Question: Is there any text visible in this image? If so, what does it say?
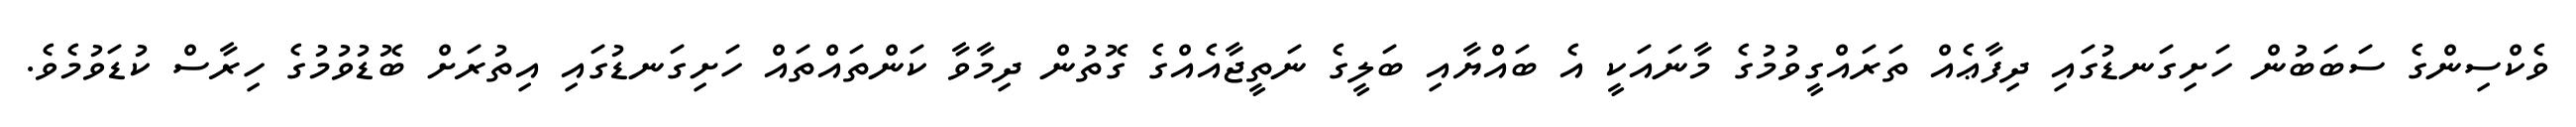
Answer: ވެކްސިންގެ ސަބަބުން ހަށިގަނޑުގައި ދިފާޢެއް ތަރައްގީވުމުގެ މާނައަކީ އެ ބައްޔާއި ބަލީގެ ނަތީޖާއެއްގެ ގޮތުން ދިމާވާ ކަންތައްތައް ހަށިގަނޑުގައި އިތުރަށް ބޮޑުވުމުގެ ހިރާސް ކުޑަވުމެވެ.